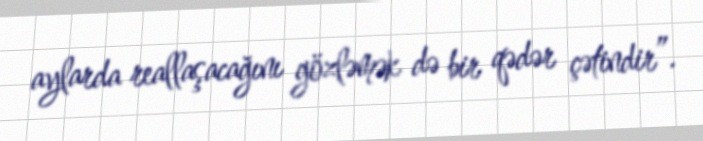
aylarda reallaşacağını gözləmək də bir qədər çətindir”.